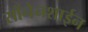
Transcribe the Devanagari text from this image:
सोंनेनशाईन